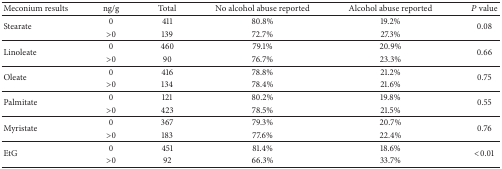
<table><thead><tr><td><b>Meconium results</b></td><td><b>ng/g</b></td><td><b>Total</b></td><td><b>No alcohol abuse reported</b></td><td><b>Alcohol abuse reported</b></td><td><b><i>P</i> value</b></td></tr></thead><tbody><tr><td rowspan="2">Stearate</td><td>0</td><td>411</td><td>80.8%</td><td>19.2%</td><td rowspan="2">0.08</td></tr><tr><td>&gt;0</td><td>139</td><td>72.7%</td><td>27.3%</td></tr><tr><td rowspan="2">Linoleate</td><td>0</td><td>460</td><td>79.1%</td><td>20.9%</td><td rowspan="2">0.66</td></tr><tr><td>&gt;0</td><td>90</td><td>76.7%</td><td>23.3%</td></tr><tr><td rowspan="2">Oleate</td><td>0</td><td>416</td><td>78.8%</td><td>21.2%</td><td rowspan="2">0.75</td></tr><tr><td>&gt;0</td><td>134</td><td>78.4%</td><td>21.6%</td></tr><tr><td rowspan="2">Palmitate</td><td>0</td><td>121</td><td>80.2%</td><td>19.8%</td><td rowspan="2">0.55</td></tr><tr><td>&gt;0</td><td>423</td><td>78.5%</td><td>21.5%</td></tr><tr><td rowspan="2">Myristate</td><td>0</td><td>367</td><td>79.3%</td><td>20.7%</td><td rowspan="2">0.76</td></tr><tr><td>&gt;0</td><td>183</td><td>77.6%</td><td>22.4%</td></tr><tr><td rowspan="2">EtG</td><td>0</td><td>451</td><td>81.4%</td><td>18.6%</td><td rowspan="2">&lt;0.01</td></tr><tr><td>&gt;0</td><td>92</td><td>66.3%</td><td>33.7%</td></tr></tbody></table>